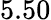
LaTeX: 5.50